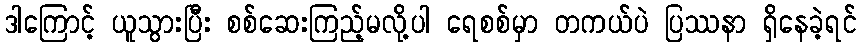
ဒါကြောင့် ယူသွားပြီး စစ်ဆေးကြည့်မလို့ပါ ရေစစ်မှာ တကယ်ပဲ ပြဿနာ ရှိနေခဲ့ရင်